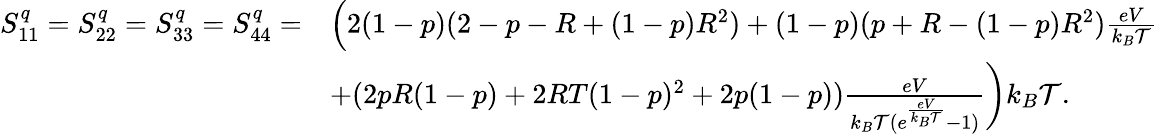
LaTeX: \begin{array}{rl}{S_{11}^{q}=S_{22}^{q}=S_{33}^{q}=S_{44}^{q}=}&{\left(2(1-p)(2-p-R+(1-p)R^{2})+(1-p)(p+R-(1-p)R^{2})\frac{eV}{k_{B}\mathcal{T}}\right.}\\ &{\left.+(2pR(1-p)+2RT(1-p)^{2}+2p(1-p))\frac{eV}{k_{B}\mathcal{T}(e^{\frac{eV}{k_{B}\mathcal{T}}}-1)}\right)k_{B}\mathcal{T}.}\end{array}